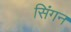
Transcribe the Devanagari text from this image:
सिंगन